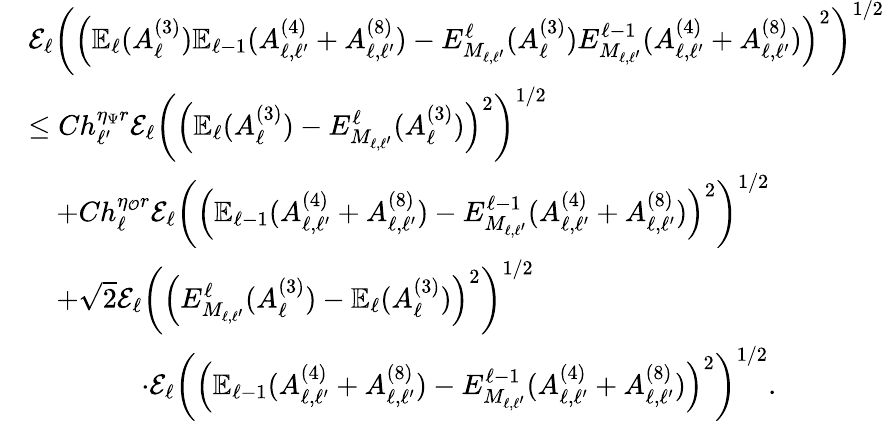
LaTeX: \begin{array}{rl}&{\mathcal{E}_{\ell}\left(\left(\mathbb{E}_{\ell}(A_{\ell}^{(3)})\mathbb{E}_{\ell-1}(A_{\ell,\ell^{\prime}}^{(4)}+A_{\ell,\ell^{\prime}}^{(8)})-E_{M_{\ell,\ell^{\prime}}}^{\ell}(A_{\ell}^{(3)})E_{M_{\ell,\ell^{\prime}}}^{\ell-1}(A_{\ell,\ell^{\prime}}^{(4)}+A_{\ell,\ell^{\prime}}^{(8)})\right)^{2}\right)^{1/2}}\\ &{\le Ch_{\ell^{\prime}}^{\eta_{\Psi}r}\mathcal{E}_{\ell}\left(\left(\mathbb{E}_{\ell}(A_{\ell}^{(3)})-E_{M_{\ell,\ell^{\prime}}}^{\ell}(A_{\ell}^{(3)})\right)^{2}\right)^{1/2}}\\ &{\quad+Ch_{\ell}^{\eta_{\mathcal{O}}r}\mathcal{E}_{\ell}\left(\left(\mathbb{E}_{\ell-1}(A_{\ell,\ell^{\prime}}^{(4)}+A_{\ell,\ell^{\prime}}^{(8)})-E_{M_{\ell,\ell^{\prime}}}^{\ell-1}(A_{\ell,\ell^{\prime}}^{(4)}+A_{\ell,\ell^{\prime}}^{(8)})\right)^{2}\right)^{1/2}}\\ &{\quad+\sqrt{2}\mathcal{E}_{\ell}\left(\left(E_{M_{\ell,\ell^{\prime}}}^{\ell}(A_{\ell}^{(3)})-\mathbb{E}_{\ell}(A_{\ell}^{(3)})\right)^{2}\right)^{1/2}}\\ &{\qquad\qquad\cdot\mathcal{E}_{\ell}\left(\left(\mathbb{E}_{\ell-1}(A_{\ell,\ell^{\prime}}^{(4)}+A_{\ell,\ell^{\prime}}^{(8)})-E_{M_{\ell,\ell^{\prime}}}^{\ell-1}(A_{\ell,\ell^{\prime}}^{(4)}+A_{\ell,\ell^{\prime}}^{(8)})\right)^{2}\right)^{1/2}.}\end{array}